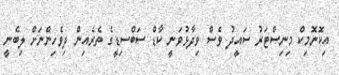
އިކޮނޮމިކް މިނިސްޓަރު ސައީދު ވެސް ވިދާޅުވަނީ ކާޑް ސަބްސިޑީގެ ތެރެއިން ދިވެހިންނަށް ލިބެނީ